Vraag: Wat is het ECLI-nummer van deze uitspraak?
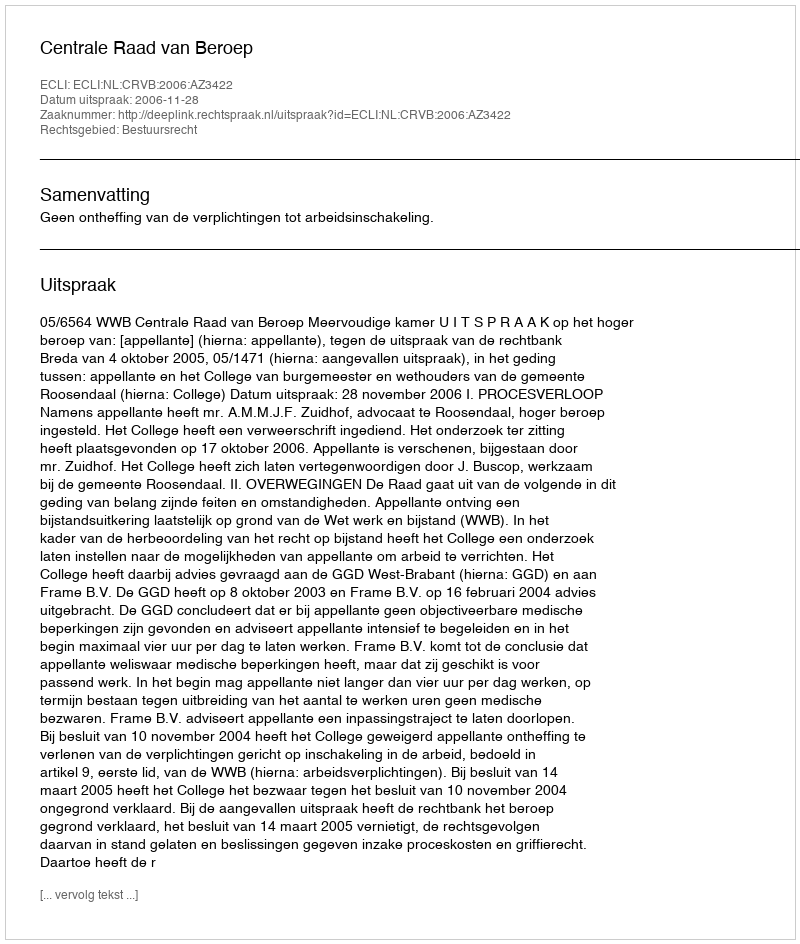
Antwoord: ECLI:NL:CRVB:2006:AZ3422